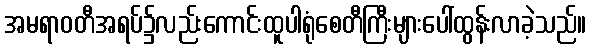
အမရာဝတီအရပ်၌လည်းကောင်းထူပါရုံစေတီကြီးများပေါ်ထွန်းလာခဲ့သည်။